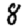
Digit: 8